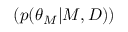
( p ( \theta _ { M } | M , D ) )